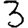
Digit: 3